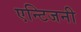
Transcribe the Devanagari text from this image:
एन्टिजनी